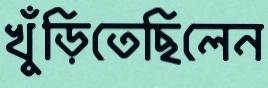
খুঁড়িতেছিলেন